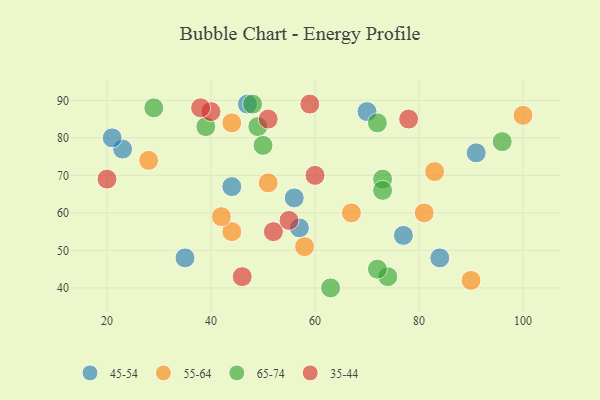
{"axis": {"x": "GDP", "y": "Life Expectancy"}, "legend": ["35-44", "45-54", "55-64", "65-74"], "data": [{"x": "44", "y": 67, "type": "45-54"}, {"x": "47", "y": 89, "type": "45-54"}, {"x": "23", "y": 77, "type": "45-54"}, {"x": "84", "y": 48, "type": "45-54"}, {"x": "57", "y": 56, "type": "45-54"}, {"x": "77", "y": 54, "type": "45-54"}, {"x": "35", "y": 48, "type": "45-54"}, {"x": "56", "y": 64, "type": "45-54"}, {"x": "70", "y": 87, "type": "45-54"}, {"x": "91", "y": 76, "type": "45-54"}, {"x": "21", "y": 80, "type": "45-54"}, {"x": "44", "y": 55, "type": "55-64"}, {"x": "81", "y": 60, "type": "55-64"}, {"x": "42", "y": 59, "type": "55-64"}, {"x": "51", "y": 68, "type": "55-64"}, {"x": "100", "y": 86, "type": "55-64"}, {"x": "90", "y": 42, "type": "55-64"}, {"x": "58", "y": 51, "type": "55-64"}, {"x": "83", "y": 71, "type": "55-64"}, {"x": "28", "y": 74, "type": "55-64"}, {"x": "67", "y": 60, "type": "55-64"}, {"x": "44", "y": 84, "type": "55-64"}, {"x": "72", "y": 84, "type": "65-74"}, {"x": "63", "y": 40, "type": "65-74"}, {"x": "74", "y": 43, "type": "65-74"}, {"x": "29", "y": 88, "type": "65-74"}, {"x": "48", "y": 89, "type": "65-74"}, {"x": "73", "y": 69, "type": "65-74"}, {"x": "49", "y": 83, "type": "65-74"}, {"x": "73", "y": 66, "type": "65-74"}, {"x": "50", "y": 78, "type": "65-74"}, {"x": "96", "y": 79, "type": "65-74"}, {"x": "39", "y": 83, "type": "65-74"}, {"x": "72", "y": 45, "type": "65-74"}, {"x": "40", "y": 87, "type": "35-44"}, {"x": "20", "y": 69, "type": "35-44"}, {"x": "46", "y": 43, "type": "35-44"}, {"x": "59", "y": 89, "type": "35-44"}, {"x": "52", "y": 55, "type": "35-44"}, {"x": "38", "y": 88, "type": "35-44"}, {"x": "78", "y": 85, "type": "35-44"}, {"x": "55", "y": 58, "type": "35-44"}, {"x": "51", "y": 85, "type": "35-44"}, {"x": "60", "y": 70, "type": "35-44"}]}